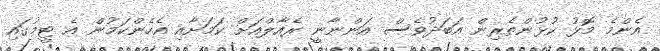
އެންމެ މޮޅު ކުޅުންތެރިން އަބަދުވެސް އަންނާނީ ރެއާލްއަށް ކަމަށާއި އެހެންކަމުން އެ ޓީމުގައި